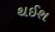
થઈશ